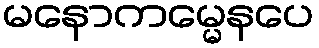
မနောကမ္မေနပေ